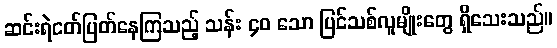
ဆင်းရဲငတ်ပြတ်နေကြသည့် သန်း ၄၀ သော ပြင်သစ်လူမျိုးတွေ ရှိသေးသည်။